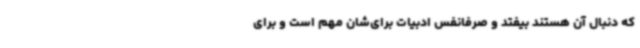
که دنبال آن هستند بیفتد و صرفانفس ادبیات برای‌شان مهم است و برای